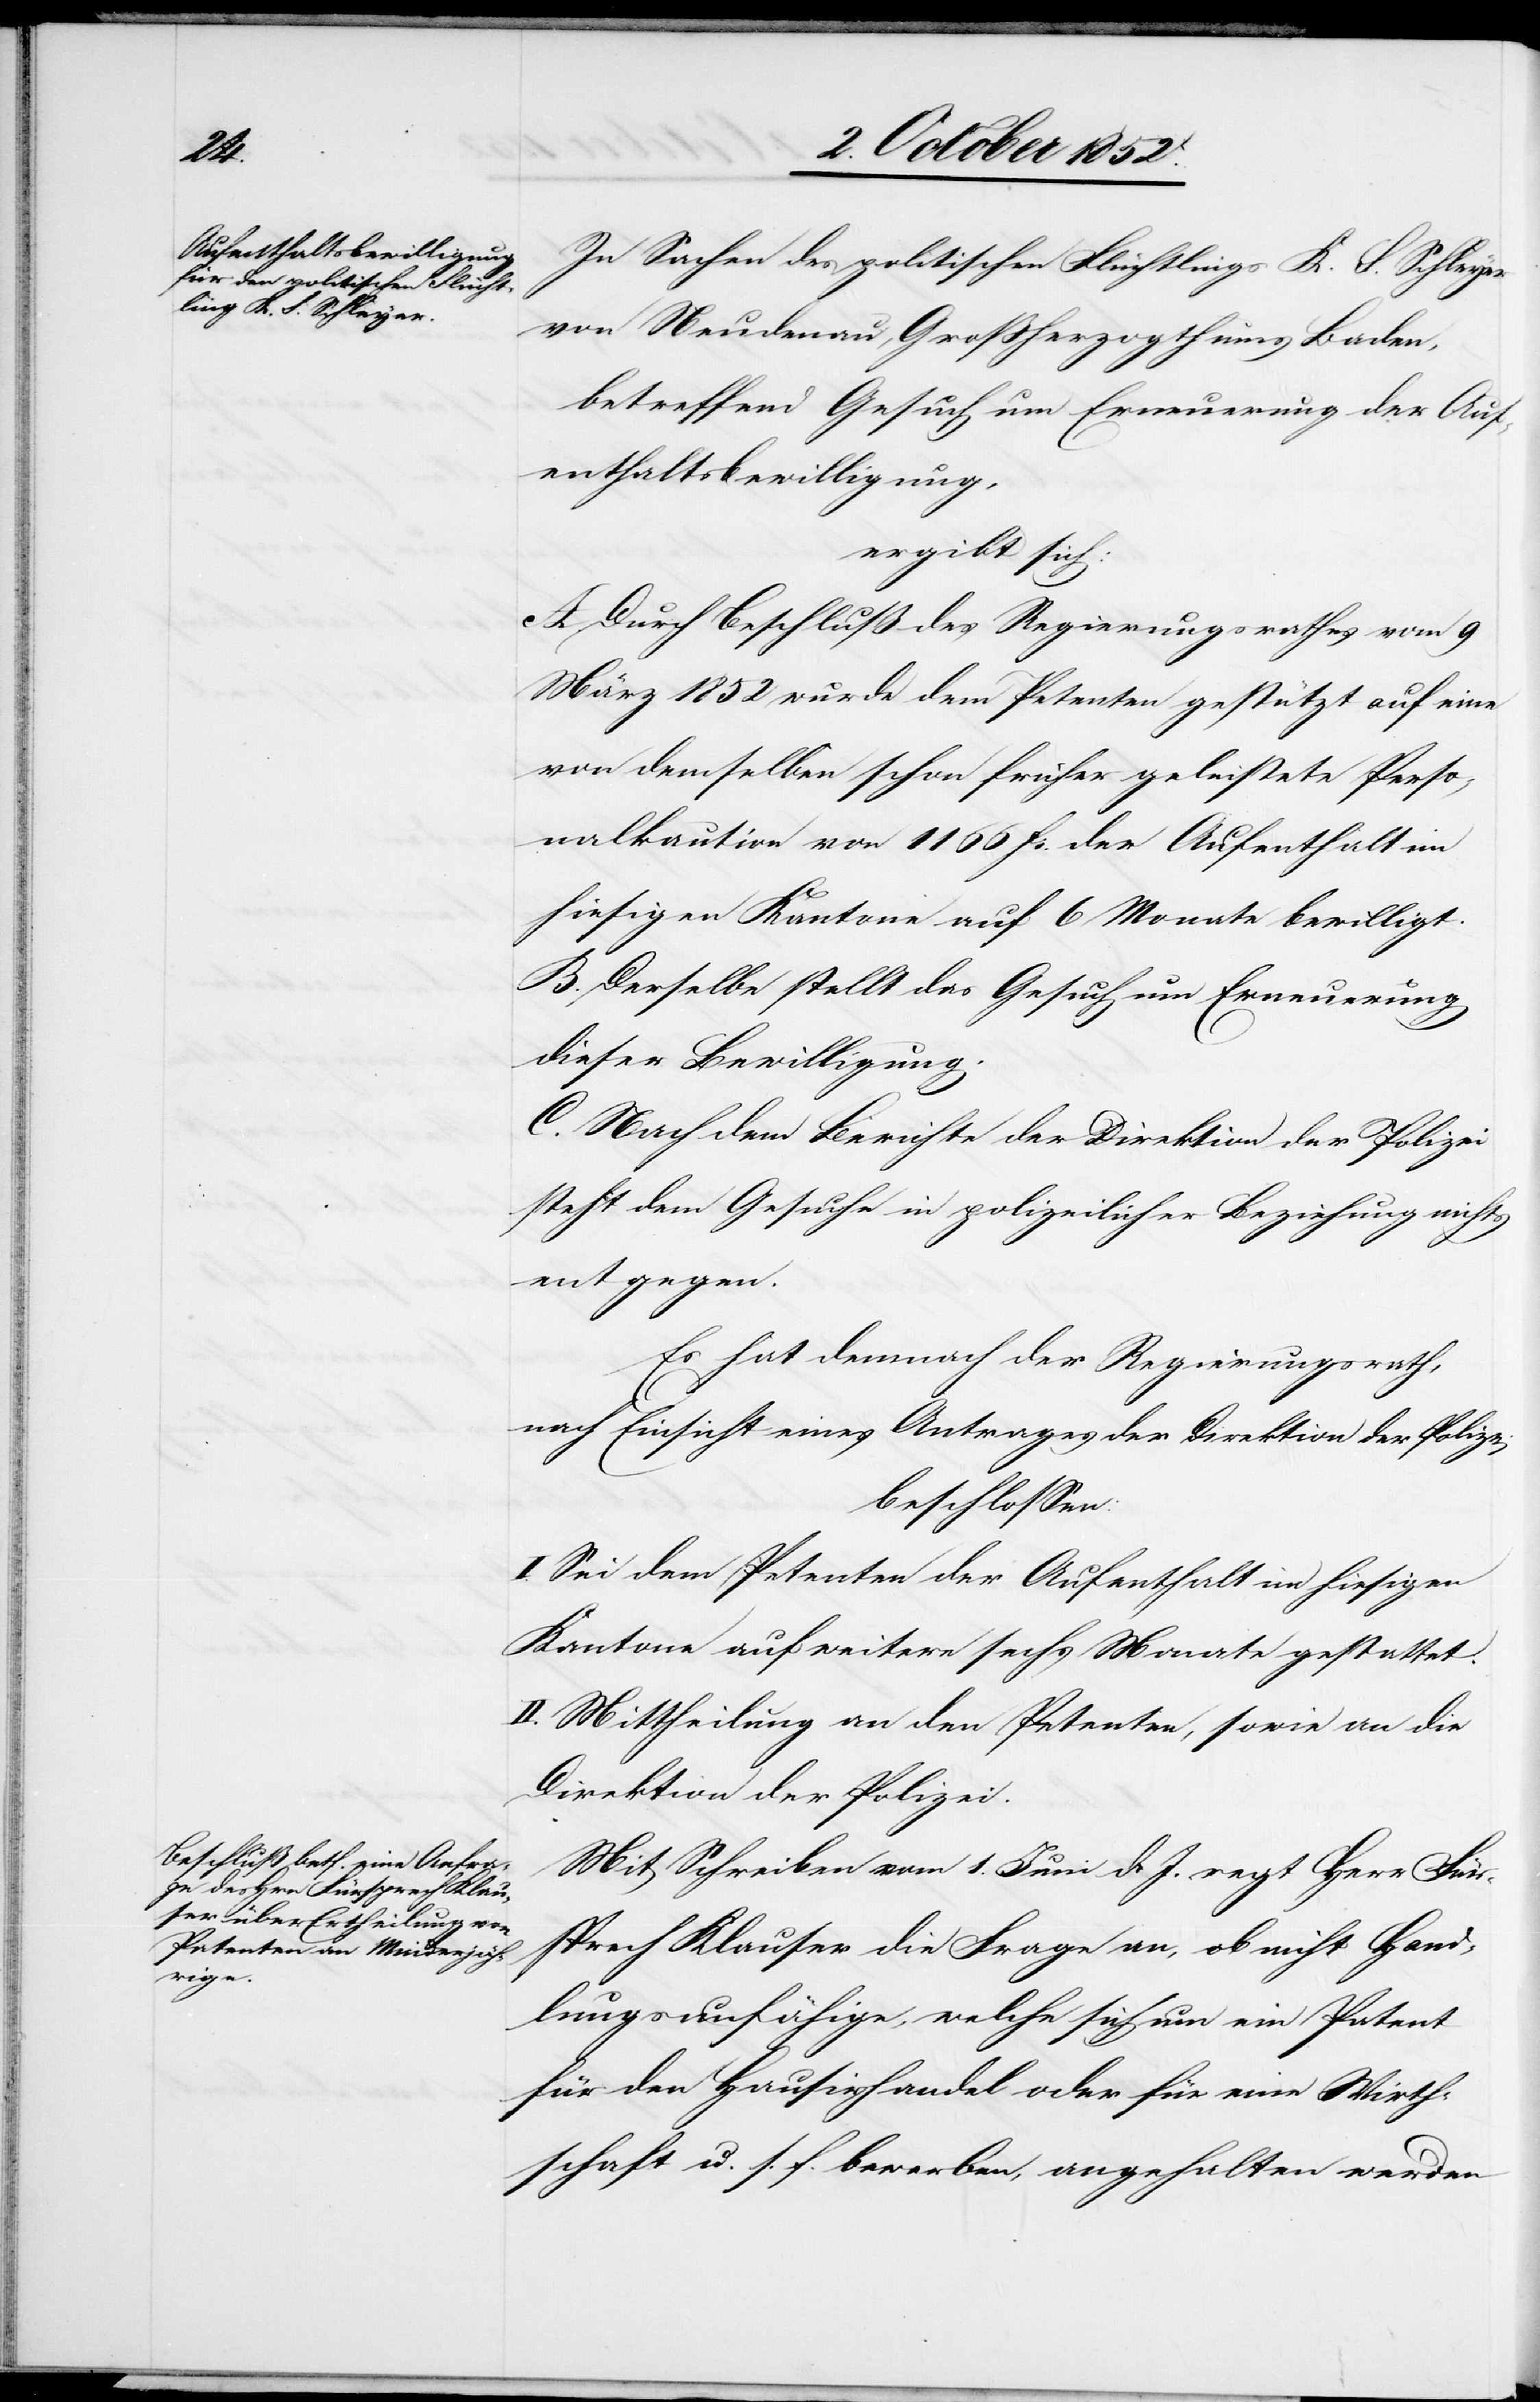
In Sachen des politischen Flüchtlings K. F. Schleyer
von Neudenau, Großherzogthums Baden,
betreffend Gesuch um Erneuerung der Auf¬
enthaltsbewilligung,
ergibt sich:
A Durch Beschluß des Regierungsrathes vom 9
März 1852 wurde dem Petenten gestützt auf eine
von demselben schon früher geleistete Perso¬
nalkaution von 1166 Fr. der Aufenthalt im
hiesigen Kantone auf 6 Monate bewilligt.
B. Derselbe stellt das Gesuch um Erneuerung
dieser Bewilligung.
C. Nach dem Berichte der Direktion der Polizei
steht dem Gesuche in polizeilicher Beziehung nichts
entgegen.
Es hat demnach der Regierungsrath,
nach Einsicht eines Antrages der Direktion der Polizei
beschlossen:
I. Sei dem Petenten der Aufenthalt im hiesigen
Kantone auf weitere sechs Monate gestattet.
II. Mittheilung an den Petenten, sowie an die
Direktion der Polizei.
Mit Schreiben vom 1. Juni d. J. regt Herr Fürs¬
prech Klauser die Frage an, ob nicht Hand¬
lungsunfähige, welche sich um ein Patent
für den Hausirhandel oder für eine Wirth¬
schaft u. s. f. bewerben, angehalten werden